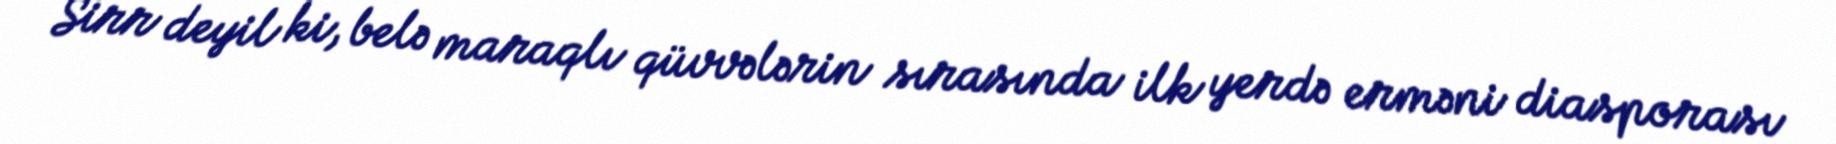
Sirr deyil ki, belə maraqlı qüvvələrin sırasında ilk yerdə erməni diasporası